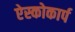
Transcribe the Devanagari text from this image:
ऐस्कोकार्प